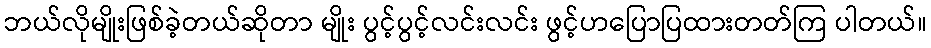
ဘယ်လိုမျိုးဖြစ်ခဲ့တယ်ဆိုတာ မျိုး ပွင့်ပွင့်လင်းလင်း ဖွင့်ဟပြောပြထားတတ်ကြ ပါတယ်။